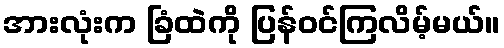
အားလုံးက ခြံထဲကို ပြန်ဝင်ကြလိမ့်မယ်။